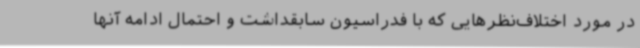
در مورد اختلاف‌نظرهایی که با فدراسیون سابقداشت و احتمال ادامه آنها